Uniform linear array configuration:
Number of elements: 4
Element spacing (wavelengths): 0.5
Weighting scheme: blackman
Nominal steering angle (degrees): -60
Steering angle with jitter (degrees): -61.773
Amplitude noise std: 0.05
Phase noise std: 0.05

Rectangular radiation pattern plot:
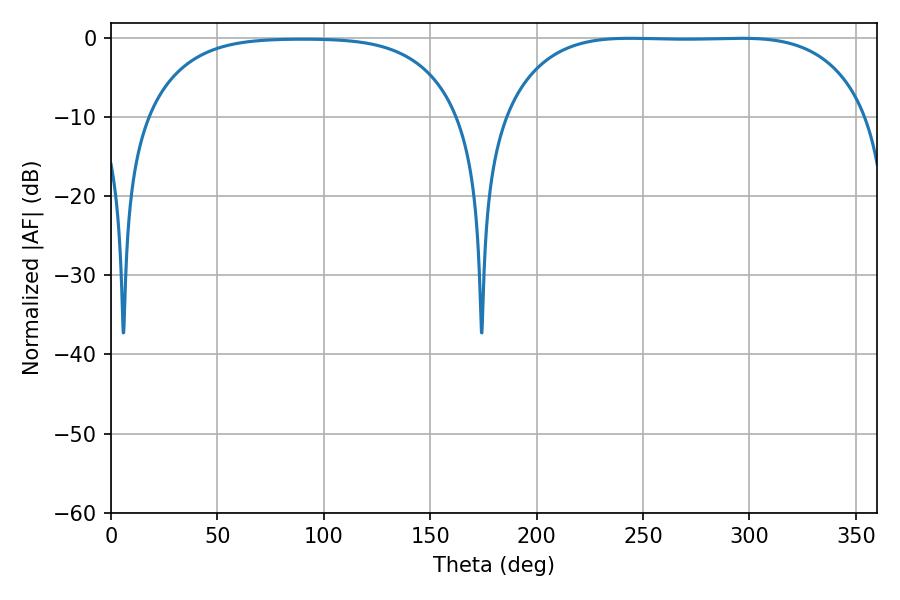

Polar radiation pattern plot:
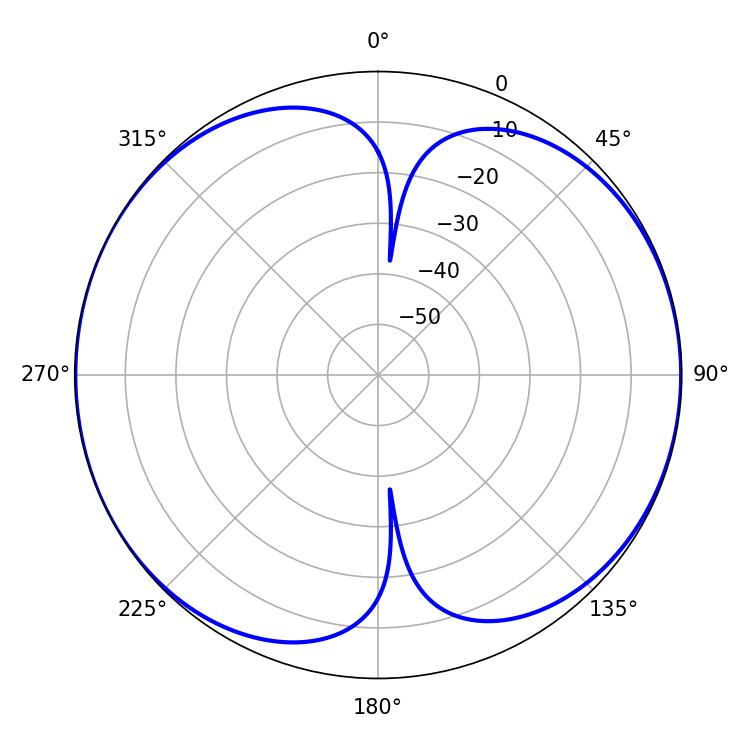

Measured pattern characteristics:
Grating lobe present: FALSE
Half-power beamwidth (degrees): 132.84
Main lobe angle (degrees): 243.9